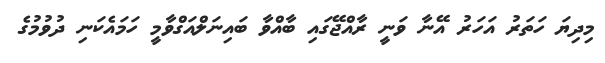
މިދިޔަ ހަތަރު އަހަރު އޭނާ ވަނީ ރާއްޖޭގައި ބާއްވާ ބައިނަލްއަގްވާމީ ހަމައެކަނި ދުވުމުގެ